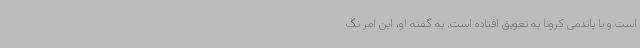
است و با پاندمی کرونا به تعویق افتاده است. به گفته او، این امر نگ